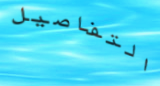
التفاصيل